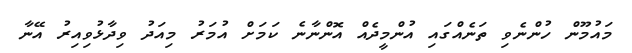
މައުމޫން ހުންނެވި ތަނެއްގައި އުންމީދެއް އޮންނާނެ ކަމަށް އުމަރު މިއަދު ވިދާޅުވިއިރު އޭނާ